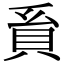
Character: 𧴺